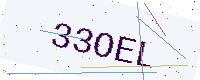
Text: 33OEL